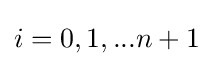
i=0,1,...n+1